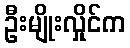
ဦးမျိုးလှိုင်က